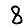
Digit: 8